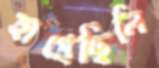
হাপ্‌রেছিলি